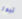
تبدا